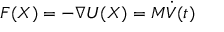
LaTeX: F ( X ) = - \nabla U ( X ) = M { \dot { V } } ( t )